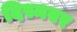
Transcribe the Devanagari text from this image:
दिस्मबर